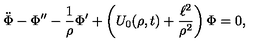
\ddot { \Phi } - \Phi ^ { \prime \prime } - \frac { 1 } { \rho } \Phi ^ { \prime } + \left( U _ { 0 } ( \rho , t ) + \frac { \ell ^ { 2 } } { \rho ^ { 2 } } \right) \Phi = 0 ,